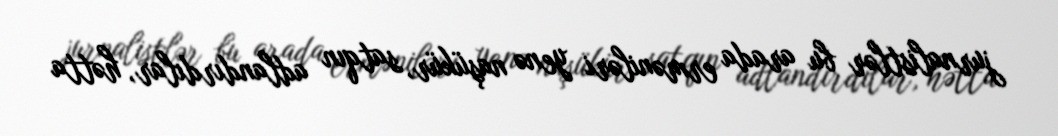
jurnalistlər bu arada erməniləri yenə naşükür, satqın adlandırdılar, hətta